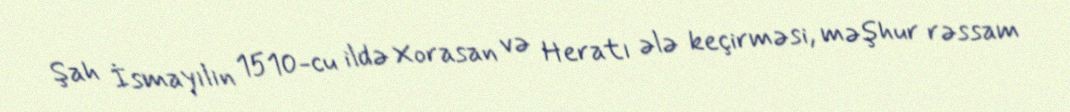
Şah İsmayılın 1510-cu ildə Xorasan və Heratı ələ keçirməsi, məşhur rəssam